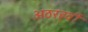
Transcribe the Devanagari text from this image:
अठरहवीं